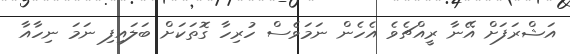
އަޝްރަފަށް އޭނާ ރީއްޗެވެ އެހެން ނަމަވެސް ހުރިހާ ގޮތަކަށް ބަލައިފި ނަމަ ނިހާއާ